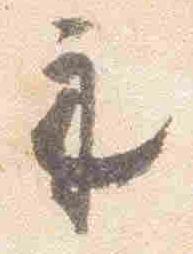
示